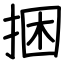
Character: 捆